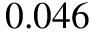
0 . 0 4 6